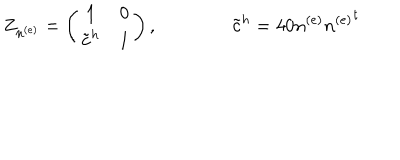
LaTeX: Z _ { n ^ { ( e ) } } = \left( \begin{matrix} { { { \bf 1 } } } & { { 0 } } \\ { { { { \tilde { \bf c } } ^ { h } } } } & { { { \bf 1 } } } \\ \end{matrix} \right) , \qquad \qquad { \tilde { \bf c } } ^ { h } = 4 0 n ^ { ( e ) } { n ^ { ( e ) } } ^ { t }